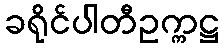
ခရိုင်ပါတီဥက္ကဋ္ဌ